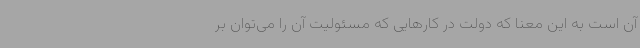
آن است به این معنا که دولت در کارهایی که مسئولیت آن را می‌توان بر